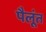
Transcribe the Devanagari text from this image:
पैलूंत